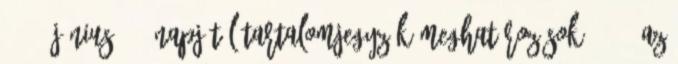
2010. június 11. napjától Tartalomjegyzék MEGHATÁROZÁSOK. 4 1. AZ